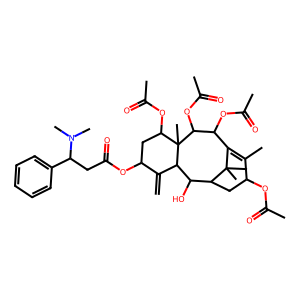
SMILES: C=C1C(OC(=O)CC(c2ccccc2)N(C)C)CC(OC(C)=O)C2(C)C(OC(C)=O)C(OC(C)=O)C3=C(C)C(OC(C)=O)CC(C(O)C12)C3(C)C
Inhibits HIV replication: No